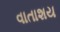
વાતાશય